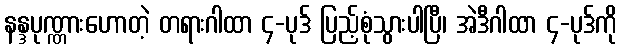
နန္ဒပုဏ္ဏားဟောတဲ့ တရားဂါထာ ၄-ပုဒ် ပြည့်စုံသွားပါပြီ၊ အဲဒီဂါထာ ၄-ပုဒ်ကို